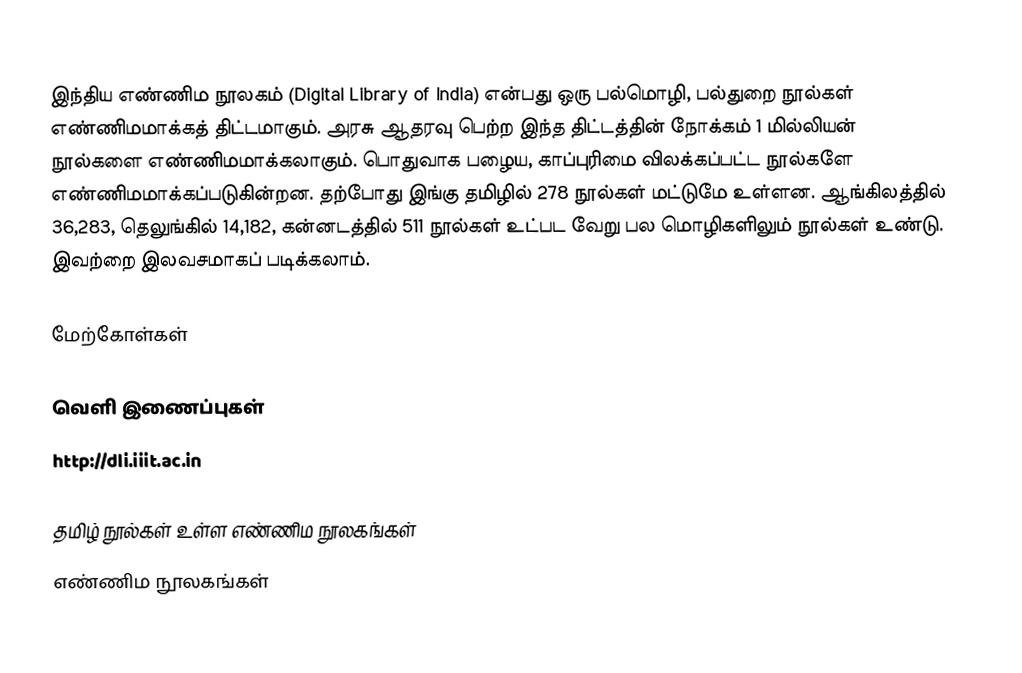
இந்திய எண்ணிம நூலகம் (Digital Library of India) என்பது ஒரு பல்மொழி, பல்துறை நூல்கள் எண்ணிமமாக்கத் திட்டமாகும். அரசு ஆதரவு பெற்ற இந்த திட்டத்தின் நோக்கம் 1 மில்லியன் நூல்களை எண்ணிமமாக்கலாகும்.  பொதுவாக பழைய, காப்புரிமை விலக்கப்பட்ட நூல்களே எண்ணிமமாக்கப்படுகின்றன.  தற்போது இங்கு தமிழில் 278 நூல்கள் மட்டுமே உள்ளன. ஆங்கிலத்தில் 36,283, தெலுங்கில் 14,182, கன்னடத்தில் 511 நூல்கள் உட்பட வேறு பல மொழிகளிலும் நூல்கள் உண்டு.  இவற்றை இலவசமாகப் படிக்கலாம்.

மேற்கோள்கள்

வெளி இணைப்புகள்
 http://dli.iiit.ac.in

தமிழ் நூல்கள் உள்ள எண்ணிம நூலகங்கள்
எண்ணிம நூலகங்கள்